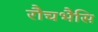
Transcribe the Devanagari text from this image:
रौचभैसि